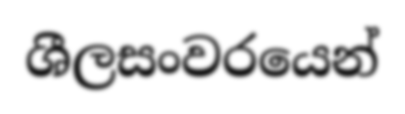
ශීලසංවරයෙන්